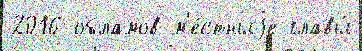
2016 обламов м'е́стныjе главы́